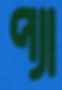
প্যা